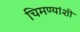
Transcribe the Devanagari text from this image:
चिमण्यांशी